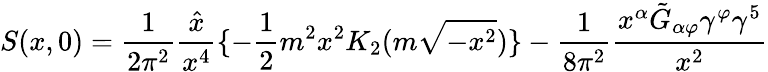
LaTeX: S(x,0)={\frac{1}{2\pi^{2}}}{\frac{\hat{x}}{x^{4}}}\{ -{\frac{1}{2}}m^{2}x^{2}K_{2}(m\sqrt{-x^{2}})\} -{\frac{1}{8\pi^{2}}}{\frac{x^{\alpha}\tilde{G}_{\alpha\varphi}\gamma^{\varphi}\gamma^{5}}{x^{2}}}